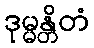
ဒုမ္မန္တိတံ